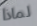
لماذا